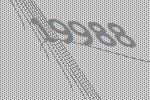
19988